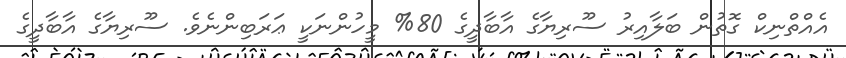
އެއްތްނިކް ގޮތުން ބަލާއިރު ސޫރިޔާގެ އާބާދީގެ 80% މީހުންނަކީ ޢަރަބިންނެވެ. ސޫރިޔާގެ އާބާދީގެ